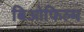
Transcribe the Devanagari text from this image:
बिओफिल्म